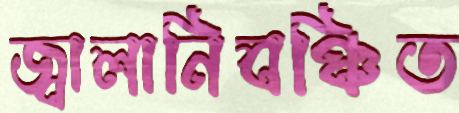
জ্বালানিবঞ্চিত